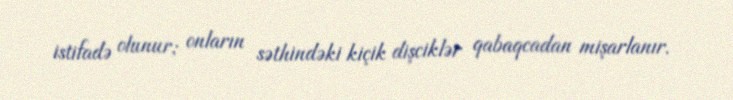
istifadə olunur; onların səthindəki kiçik dişciklər qabaqcadan mişarlanır.